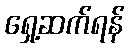
ရှေ့ဆက်ရန်